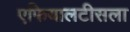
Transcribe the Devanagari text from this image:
एफियालटीसला